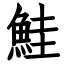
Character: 鮭